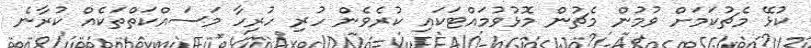
ކުޅޭ މެޗުކަމަށް ވުމުން މެޗުން މޮޅުވުމައްޓަކައި ކުރެވެން ހުރި ހުރިހާ މަސައްކަތްތަކެއް ކުރާނެ